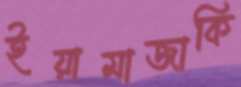
ইয়ামাজাকি